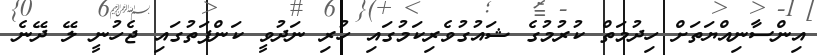
އިންސާނިއްޔަތަށް ހިދުމަތް ކުރުމުގެ ޝައުގުވެރިކަމުގައި ހުރި ނަދުވީ ކަންފަތުގައި ޖެހުނީ ލޭ ދޭނެ